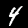
Digit: 4